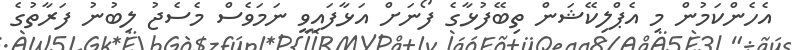
އެހެންކަމުން މި އެޕްލިކޭޝަން ތިބޭފުޅާގެ ފޯނަށް އަޅާފައިވީ ނަމަވެސް މެސެޖު ލިބުނު ފަރާތުގެ